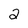
Character: 2